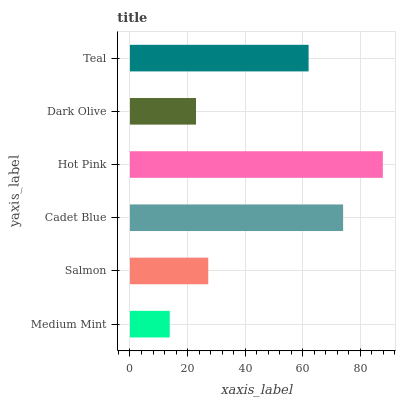
| yaxis_label | bars |
 | --- | --- |
 | Medium Mint | 13.8 |
 | Salmon | 27.2 |
 | Cadet Blue | 74 |
 | Hot Pink | 87.8 |
 | Dark Olive | 22.9 |
 | Teal | 62 |